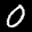
Label: 0